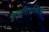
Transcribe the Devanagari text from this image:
कुमारिताश्विली